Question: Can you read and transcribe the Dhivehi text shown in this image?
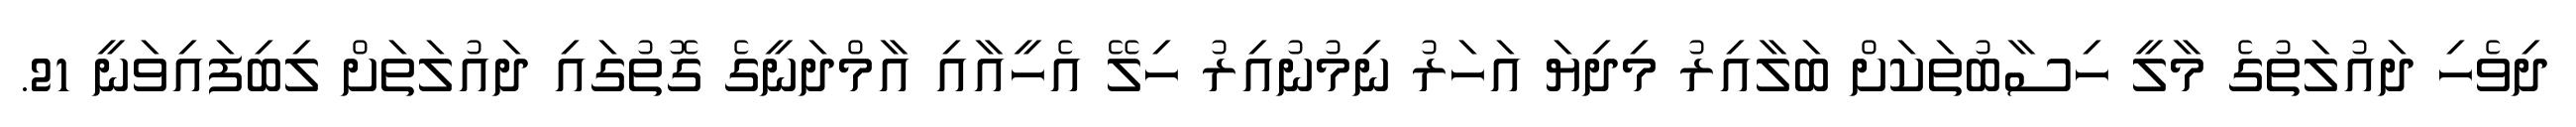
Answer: ދިވެހި ދައުލަތުގެ މާލީ ހިސާބުތަކަށް ބަލާއިރު މިދިޔަ އަހަރު ނިމުނުއިރު ހިލޭ އެހީއާއި އާމްދަނީގެ ގޮތުގައި ދައުލަތަށް ލިބިފައިވަނީ 21.